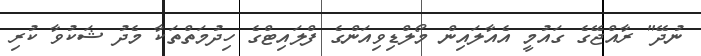
ނުދޭ" ރާއްޖޭގެ ގައުމީ އެއާލައިން މޯލްޑިވިއަންގެ ފްލައިޓްގެ ހިދުމަތްތަކާ މެދު ޝަކުވާ ކުރި